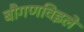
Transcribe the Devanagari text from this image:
बौगणविइले